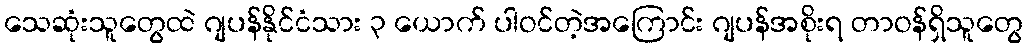
သေဆုံးသူတွေထဲ ဂျပန်နိုင်ငံသား ၃ ယောက် ပါဝင်တဲ့အကြောင်း ဂျပန်အစိုးရ တာဝန်ရှိသူတွေ